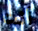
أنت